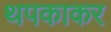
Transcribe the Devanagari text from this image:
थपकाकर